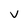
Character: V